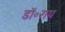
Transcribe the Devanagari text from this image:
डॉ॰राय